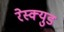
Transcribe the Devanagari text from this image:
रेस्क्युड